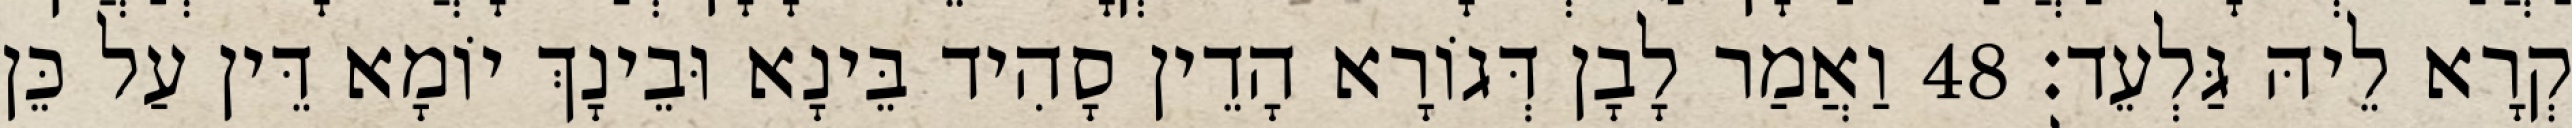
קְרָא לֵיהּ גַּלְעֵד׃ 48 וַאֲמַר לָבָן דְּגוֹרָא הָדֵין סָהִיד בֵּינָא וּבֵינָךְ יוֹמָא דֵּין עַל כֵּן